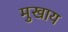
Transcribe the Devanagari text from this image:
मुखाय